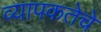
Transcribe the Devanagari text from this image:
व्यापकतेचे